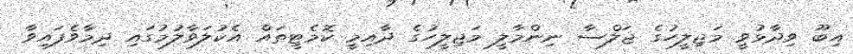
އިބޫ ވިދާޅުވީ މަޖިލީހުގެ ޖަލްސާ ނިންމާލީ މަޖިލީހުގެ ދާއިމީ ކޮމެޓީތައް އެކުލަވާލުމުގައި ދިމާވެފައިވާ